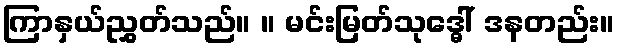
ကြာနှယ်ညွှတ်သည်။ ။ မင်းမြတ်သုဒ္ဓေါ် ဒနတည်း။